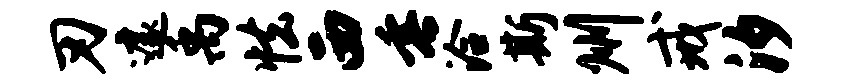
刃遽禹怯西垂洽斯州戒汐